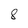
Character: 8